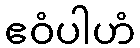
ဧဝံပါဟံ